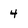
Character: 4